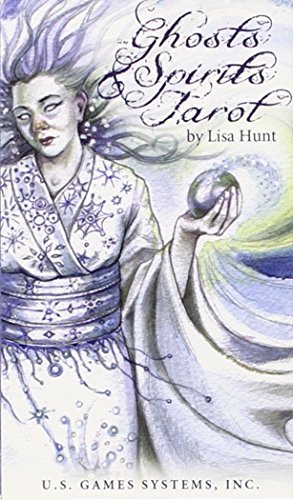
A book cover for Ghosts & Spirits Tarot; Lisa Hunt; Religion & Spirituality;